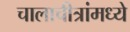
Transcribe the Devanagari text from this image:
चालाचीत्रांमध्ये